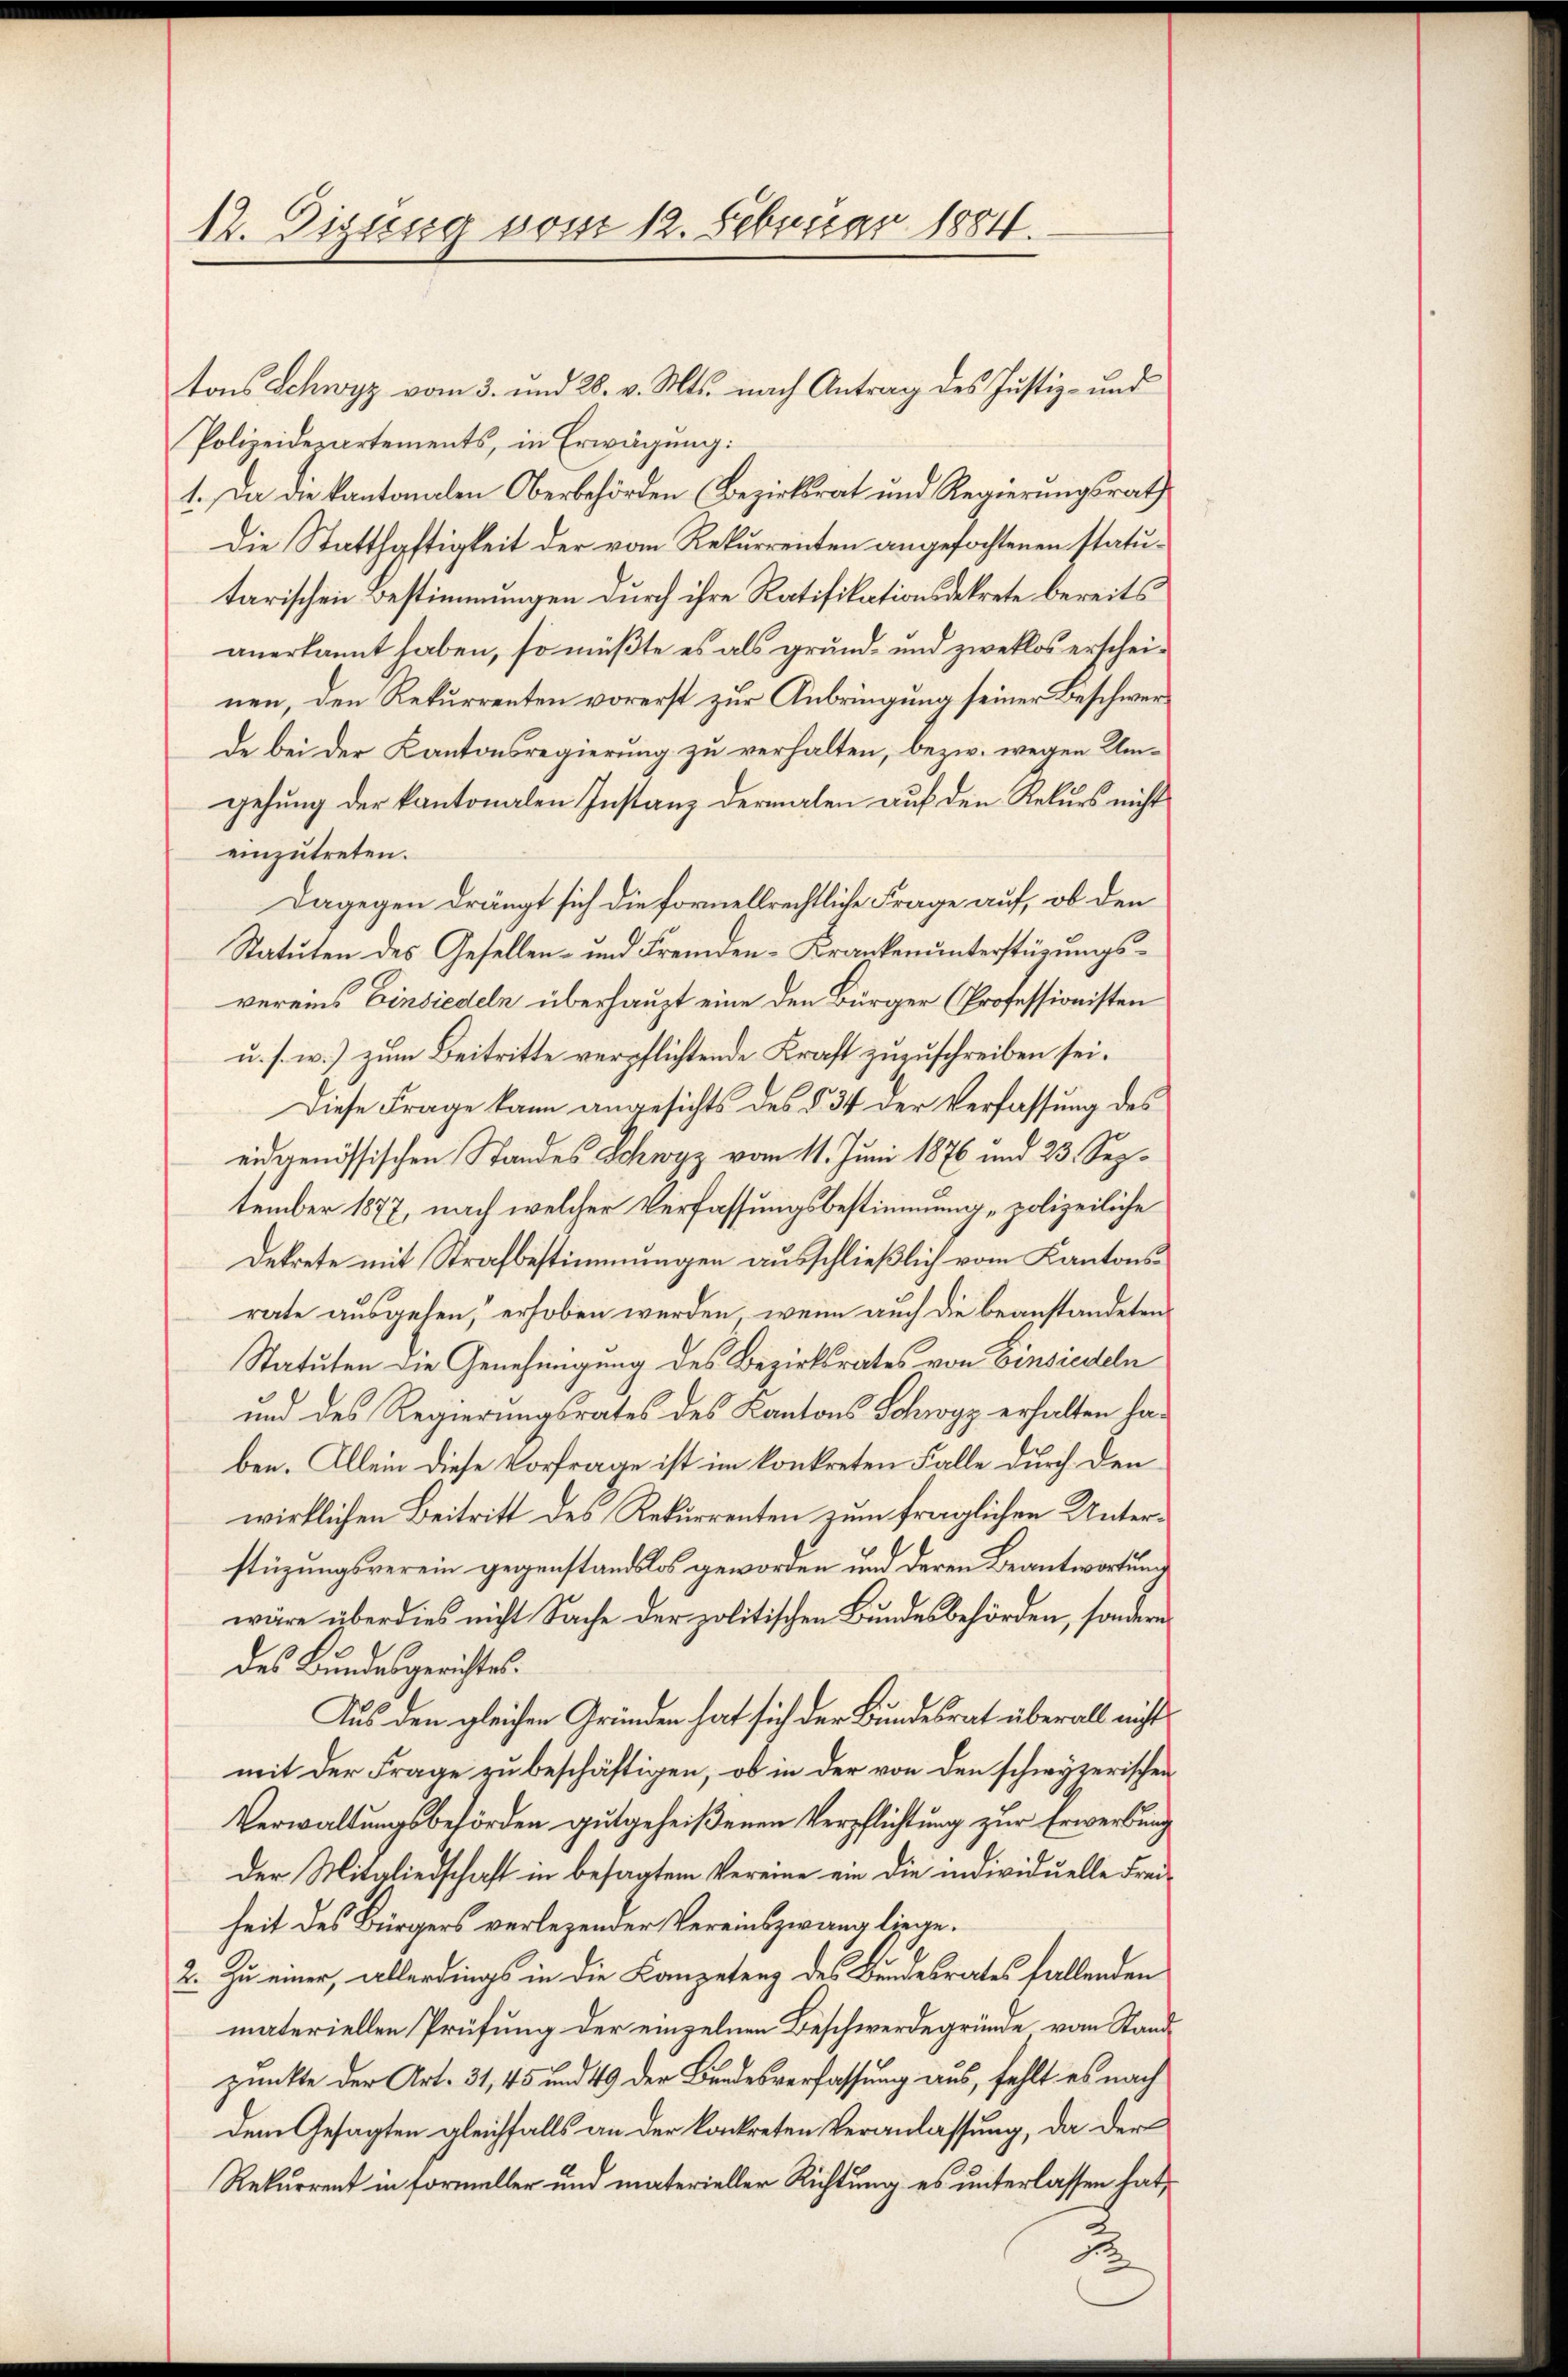
12. Digung vom 12. Februar 1884.

tons Schwyz vom 3. und 28. v. Mts. nach Antrag des Justiz- und
Polizeiderartements, in Erwägung:
1. Da die kantonalen Oberbehörden (Bezirksrat und Regierungsrath
Die Statthaftigkeit der vom Rekurrenten angefochtenen statutarischen Bestimmungen durch ihre Ratifikationsdekrete bereits
anerkannt haben, so müßte es als grund- und zweklos erscheinen, den Rekurrenten vorerst zur Anbringung seiner Beschwerde bei der Kantonsregierung zu verhalten, bezw. wegen Umgehung der kantonalen Instanz dermalen auf den Rekurs nicht
einzutreten.
Dagegen drängt sich die fornellrechtliche Frage auf, ob den
Statuten des Gesellen- und Fremden-Krankenunterstüzungsvereins Einsiedeln überhaupt eine den Bürger (Professionisten
u. s. w.) zum Beitritte verpflichtende Kraft zuzuschreiben sei.
Diese Frage kann angesichts des § 34 der Verfassung des
eidgenössischen Standes Schwyz vom 11. Juni 1876 und 23. September 1877, nach welcher Verfassungsbestimmung „polizeiliche
Dekrete mit Strafbestimmungen ausschließlich vom Kantonsrate ausgehen, erhoben werden, wenn auch die beanstandeten
Statuten die Genehmigung des Bezirksrates von Einsiedeln
und des Regierungsrates des Kantons Schwyz erhalten haben. Allein diese Vorfrage ist im konkreten Falle durch den
wirklichen Beitritt des Rekurrenten zum fraglichen Unterstüzungsverein gegenstandslos geworden und deren Beantwortung
wäre überdies nicht Sache der politischen Bundesbehörden, sondern
des Bundesgerichtes.
Aus den gleichen Gründen hat sich der Bundesrat überall nicht
mit der Frage zu beschäftigen, ob in der von den schwyzerischen
Verwaltungsbehörden gutgeheißenen Verpflichtung zur Erwerbung
Der Mitgliedschaft in besagtem Vereine ein die individuelle Freiheit des Bürgers verlegender Vereinszwang liege.
2. Zu einer, allerdings in die Kompetenz des Bundesrates fallenden
materiellen Prüfung der einzelnen Beschwerde gründe vom Standpunkte der Art. 31, 45 und 49 der Bundesverfassung aus, fehlt es nach
dem Gesagten gleichfalls an der konkreten Veranlassung, da der
Rekurrent in Formeller und materieller Richtung es unterlassen hat,
N